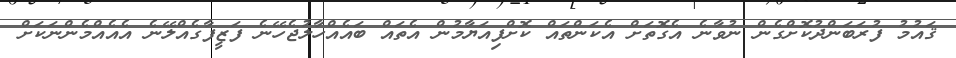
ޤައުމު ފުރަބަންދުކޮށްގެން ނުވާނެ އެގޮތަށް އެކަންތައް ކޮށްފިއަޔާމުން އެތައް ބައެއްހާލުޖެހޭނެ ފަޒީފާގެއްލޭނެ އެއެއްމެންނަކަށް